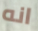
انه